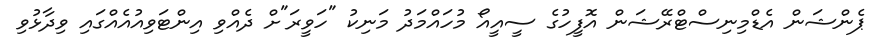
ޕެންޝަން އެޑްމިނިސްޓްރޭޝަން އޮފީހުގެ ސީއީއޯ މުހައްމަދު މަނިކު "ހަވީރަ"ށް ދެއްވި އިންޓަވިއުއެއްގައި ވިދާޅުވި